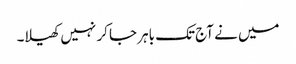
میں نے آج تک باہر جا کر نہیں کھیلا۔